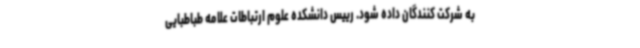
به شرکت کنندگان داده شود. رییس دانشکده علوم ارتباطات علامه طباطبایی